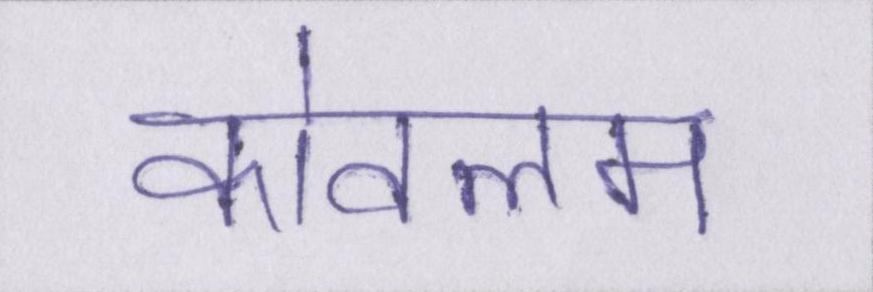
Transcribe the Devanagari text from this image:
कोवलम